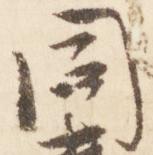
同